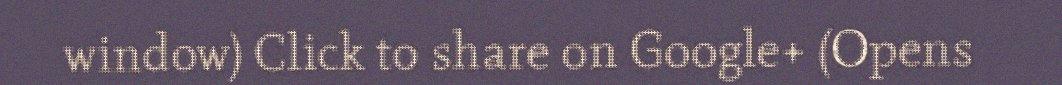
window) Click to share on Google+ (Opens